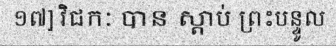
១៧] វិជកៈ បាន ស្តាប់ ព្រះបន្ទូល